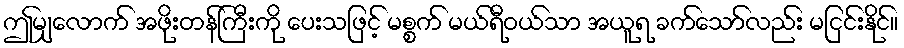
ဤမျှလောက် အဖိုးတန်ကြီးကို ပေးသဖြင့် မစ္စက် မယ်ရီဝယ်သာ အယူရ ခက်သော်လည်း မငြင်းနိုင်။